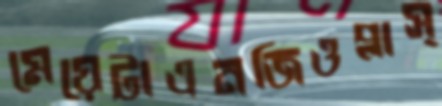
মেয়েটাএনজিওপ্লাস্